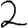
Digit: 2